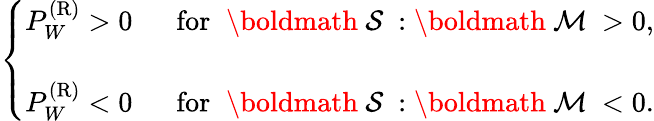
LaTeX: \left\{ {\begin{array}{ll}{P_{W}^{(\mathrm{{R}})}>0\; \; }&{\mathrm{for}\; \; \mathrm{\boldmath~{\cal{S}}~}:\mathrm{\boldmath~{\cal{M}}~}>0,}\\ {P_{W}^{({\mathrm{R}})}<0\; \; }&{\mathrm{for}\; \; \mathrm{\boldmath~{\cal{S}}~}:\mathrm{\boldmath~{\cal{M}}~}<0.\rule{0ex}{5ex}}\end{array}}\right.